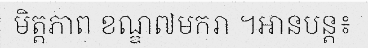
មិត្តភាព ខណ្ឌ៧មករា ។អានបន្ត៖